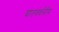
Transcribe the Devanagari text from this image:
घातवर्धनीय